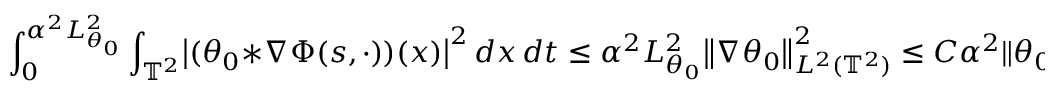
\int _ { 0 } ^ { \alpha ^ { 2 } L _ { \theta _ { 0 } } ^ { 2 } } \int _ { \ensuremath { \mathbb { T } } ^ { 2 } } \bigl | ( \theta _ { 0 } \ast \nabla \Phi ( s , \cdot ) ) ( x ) \bigr | ^ { 2 } \, d x \, d t \leq \alpha ^ { 2 } L _ { \theta _ { 0 } } ^ { 2 } \bigl \| \nabla \theta _ { 0 } \bigr \| _ { L ^ { 2 } ( \ensuremath { \mathbb { T } } ^ { 2 } ) } ^ { 2 } \leq C \alpha ^ { 2 } \| \theta _ { 0 } \| _ { L ^ { 2 } ( \ensuremath { \mathbb { T } } ^ { 2 } ) } ^ { 2 } \, ,